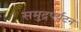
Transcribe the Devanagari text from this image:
समुद्रपर्यटन